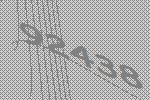
92438